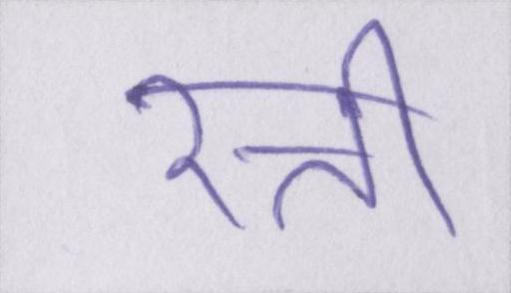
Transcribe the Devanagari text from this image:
रत्ती